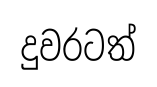
දුවරටත්